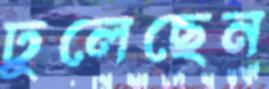
ঢুলেছেন